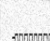
-